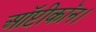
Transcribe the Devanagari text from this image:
ऑप्टीकॉन।